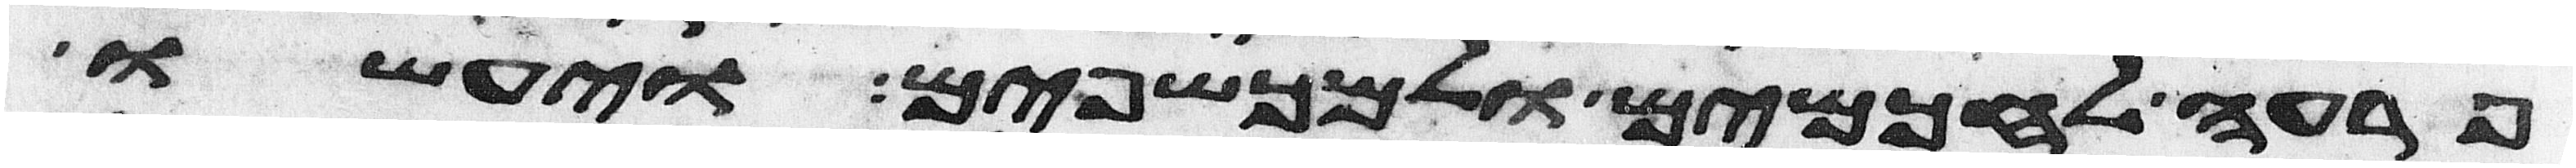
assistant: פרעה לחכמים ולמכשפים ויעשו